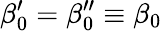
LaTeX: \beta_{0}^{\prime}=\beta_{0}^{\prime\prime}\equiv\beta_{0}